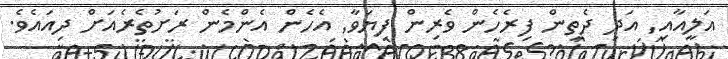
އަލީއާއި